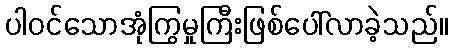
ပါဝင်သောအုံကြွမှုကြီးဖြစ်ပေါ်လာခဲ့သည်။